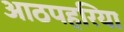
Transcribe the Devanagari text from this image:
आठपहरिया